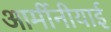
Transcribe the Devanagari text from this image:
आर्मीनीयाई